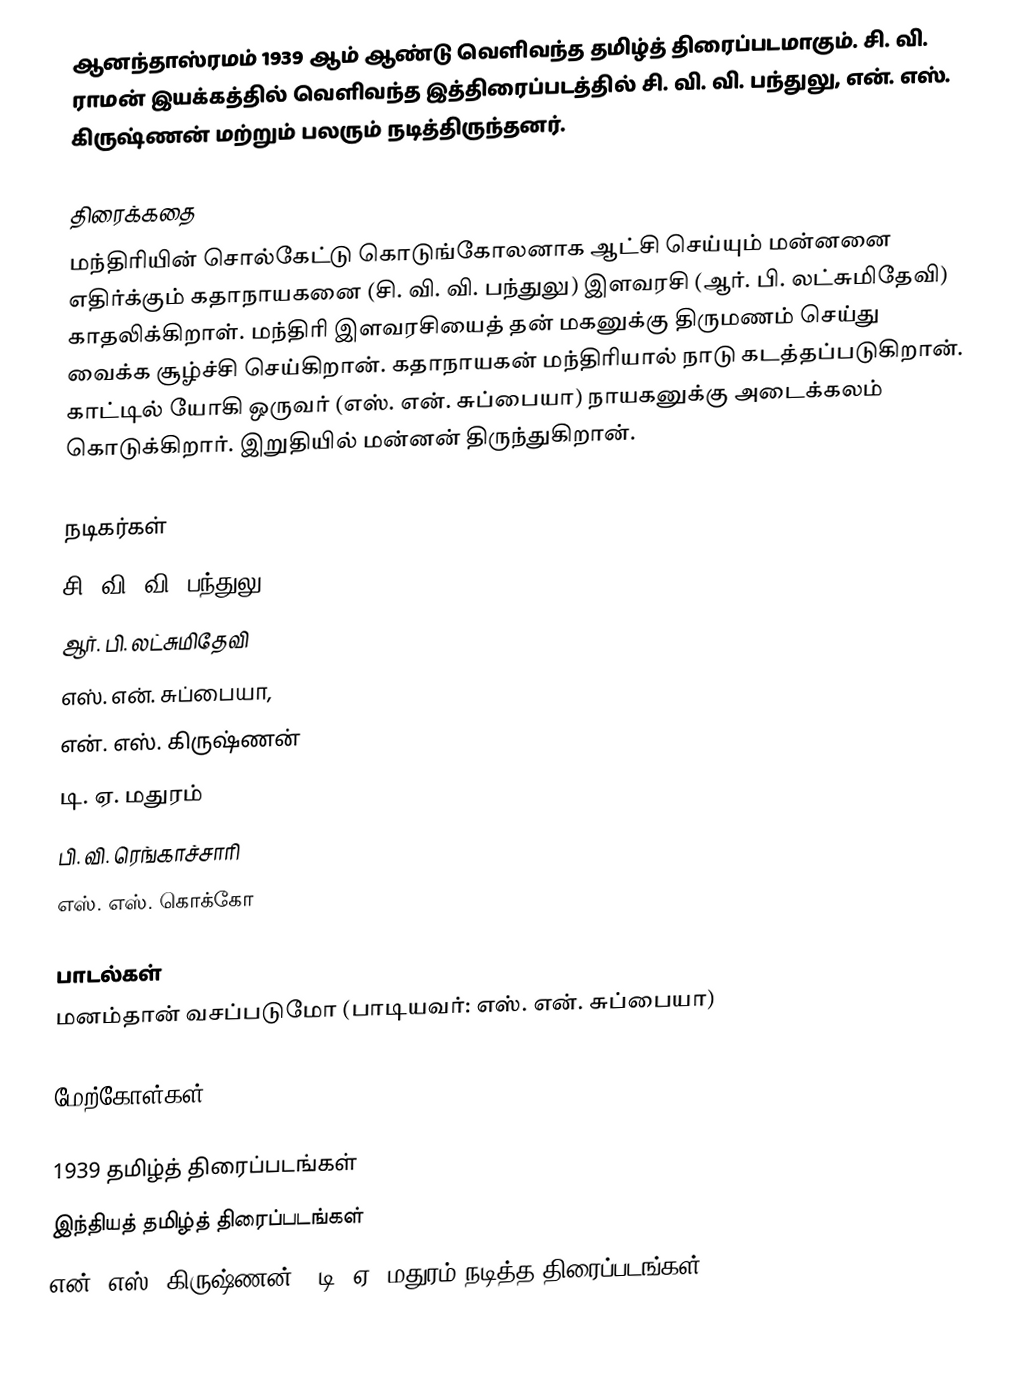
ஆனந்தாஸ்ரமம் 1939 ஆம் ஆண்டு வெளிவந்த தமிழ்த் திரைப்படமாகும். சி. வி. ராமன் இயக்கத்தில் வெளிவந்த இத்திரைப்படத்தில் சி. வி. வி. பந்துலு, என். எஸ். கிருஷ்ணன் மற்றும் பலரும் நடித்திருந்தனர்.

திரைக்கதை
மந்திரியின் சொல்கேட்டு கொடுங்கோலனாக ஆட்சி செய்யும் மன்னனை எதிர்க்கும் கதாநாயகனை (சி. வி. வி. பந்துலு) இளவரசி (ஆர். பி. லட்சுமிதேவி) காதலிக்கிறாள். மந்திரி இளவரசியைத் தன் மகனுக்கு திருமணம் செய்து வைக்க சூழ்ச்சி செய்கிறான். கதாநாயகன் மந்திரியால் நாடு கடத்தப்படுகிறான். காட்டில் யோகி ஒருவர் (எஸ். என். சுப்பையா) நாயகனுக்கு அடைக்கலம் கொடுக்கிறார். இறுதியில் மன்னன் திருந்துகிறான்.

நடிகர்கள்
சி. வி. வி. பந்துலு
ஆர். பி. லட்சுமிதேவி
எஸ். என். சுப்பையா,
என். எஸ். கிருஷ்ணன்
டி. ஏ. மதுரம்
பி. வி. ரெங்காச்சாரி
எஸ். எஸ். கொக்கோ

பாடல்கள்
மனம்தான் வசப்படுமோ (பாடியவர்: எஸ். என். சுப்பையா)

மேற்கோள்கள்

1939 தமிழ்த் திரைப்படங்கள்
இந்தியத் தமிழ்த் திரைப்படங்கள்
என். எஸ். கிருஷ்ணன் - டி. ஏ. மதுரம் நடித்த திரைப்படங்கள்